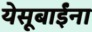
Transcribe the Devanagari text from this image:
येसूबाईंना